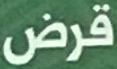
قرض